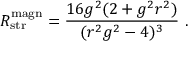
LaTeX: R _ { \mathrm { s t r } } ^ { \mathrm { m a g n } } = { \frac { 1 6 g ^ { 2 } ( 2 + g ^ { 2 } r ^ { 2 } ) } { ( r ^ { 2 } g ^ { 2 } - 4 ) ^ { 3 } } } \ .